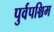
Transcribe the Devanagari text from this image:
पुर्वपश्चिम